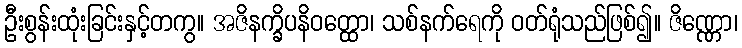
ဦးစွန်းထုံးခြင်းနှင့်တကွ။ အဇိနက္ခိပနိဝတ္ထော၊ သစ်နက်ရေကို ဝတ်ရုံသည်ဖြစ်၍။ ဇိဏ္ဏော၊